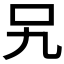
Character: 𭆸